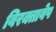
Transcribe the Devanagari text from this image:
विरक्तावेष